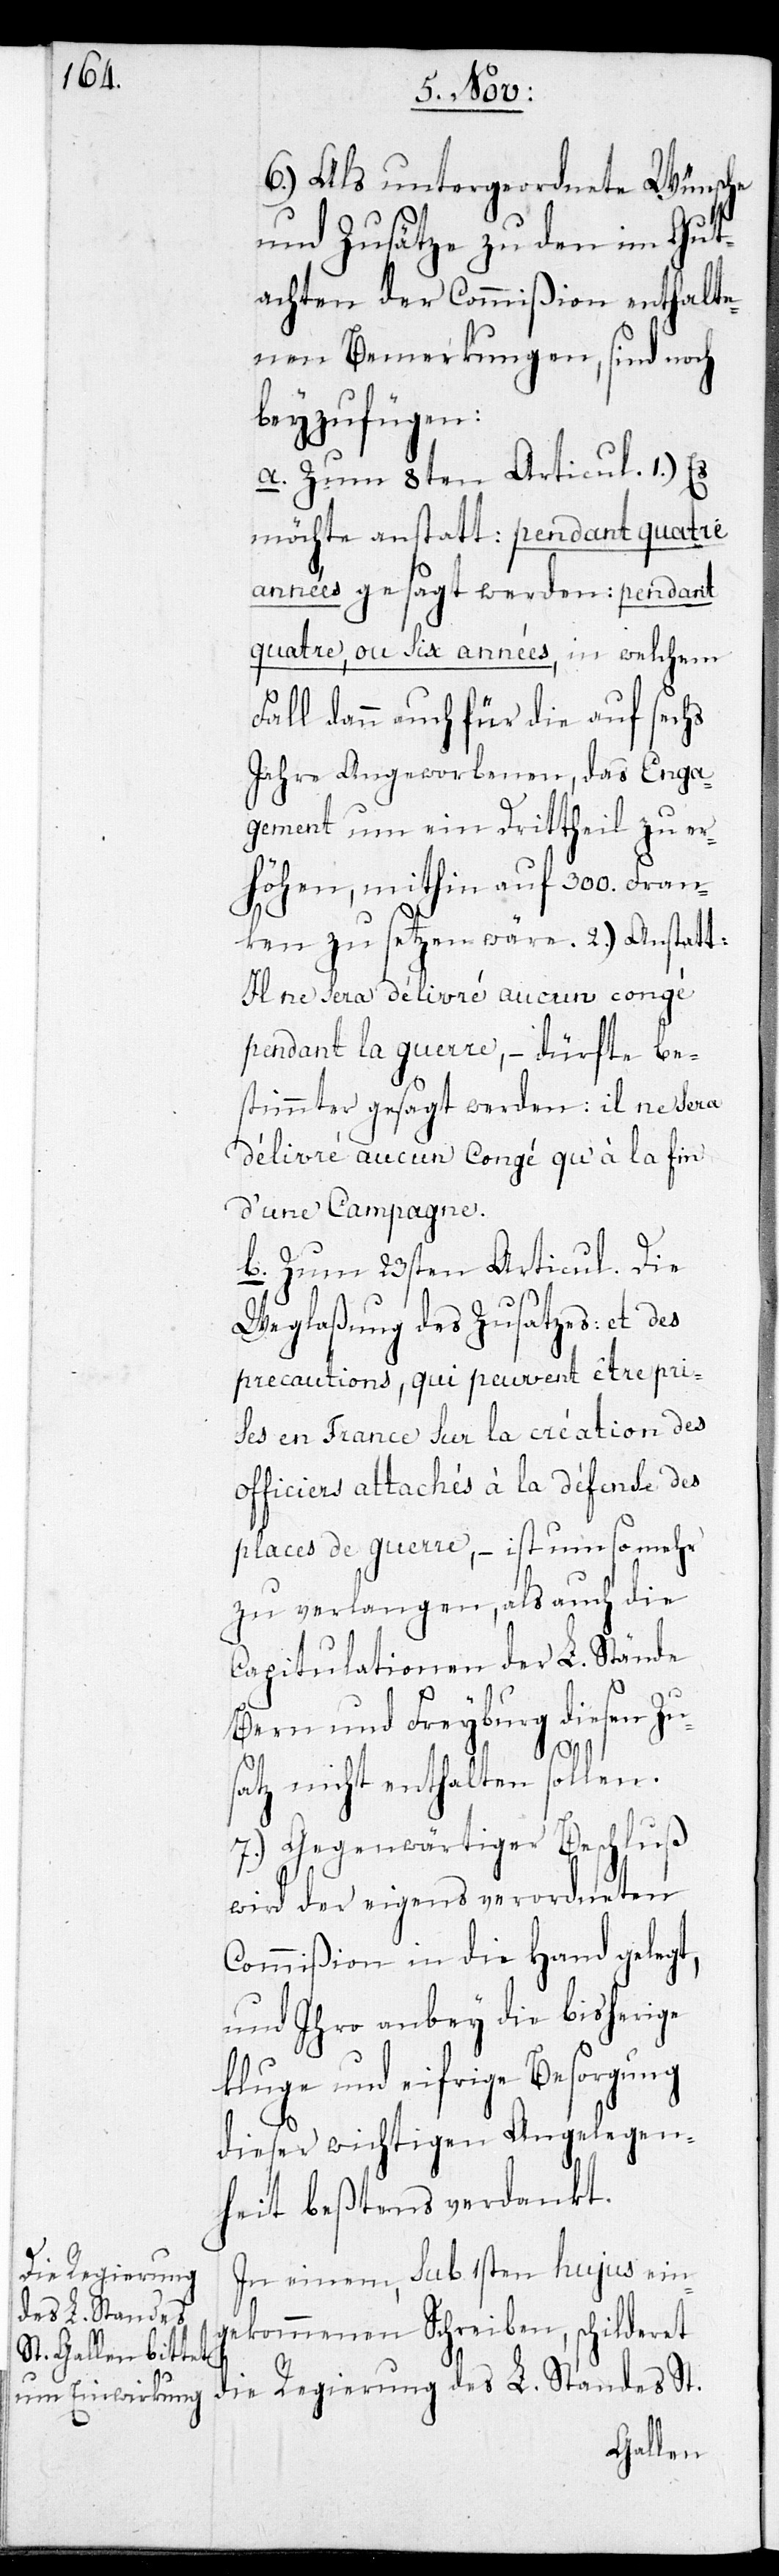
6.) Als untergeordnete Wünsche
und Zusätze zu den im Gut¬
achten der Commißion enthalte¬
nen Bemerkungen, sind noch
beyzufügen:
a. Zum 8ten Articul. 1.) Es
möchte anstatt: pendant quatre
années gesagt werden: pendant
quatre, ou six années, in welchem
Fall dann auch für die auf sechs
Jahre Angeworbenen, das Enga¬
gement um ein Drittheil zu er¬
höhen, mithin auf 300. Fran¬
ken zu setzen wäre. 2.) Anstatt:
Il ne sera délivré aucun congé
pendant la guerre, – dürfte be¬
stimmter gesagt werden: il ne sera
délivré aucun congé qu’à la fin
d’une Campagne.
b. Zum 23sten Articul. Die
Weglaßung des Zusatzes: et des
precautions, qui peuvent être pri¬
ses en France sur la création des
officiers attachés à la défende des
places de guerre, – ist um so mehr
zu verlangen, als auch die
Capitulationen der L. Stände
Bern und Freyburg diesen Zu¬
St.
satz nicht enthalten sollen.
7.) Gegenwärtiger Beschluß
wird der eigens verordneten
Commißion in die Hand gelegt,
und ihro anbey die bisherige
kluge und eifrige Besorgung
dieser wichtigen Angelegen¬
heit bestens verdankt.
die Regierung
In einem sub 1sten hujus ein¬
des L. Standes
gekommenen Schreiben, schilderet